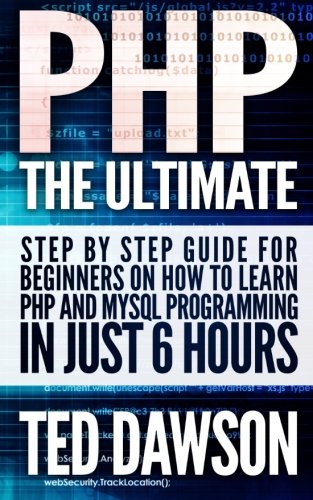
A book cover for PHP: The Ultimate Step by Step guide for beginners on how to learn PHP and MYSQL programming in just 6 hours; Ted Dawson; Computers & Technology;